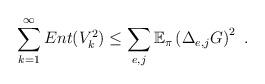
LaTeX: \begin{align*}\sum_{k=1}^\infty Ent(V_k^2) \leq \sum_{e,j} \mathbb{E}_\pi\left(\Delta_{e,j}G\right)^2\ .\end{align*}